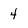
Character: 4